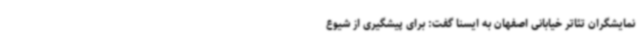
نمایشگران تئاتر خیابانی اصفهان به ایسنا گفت: برای پیشگیری از شیوع